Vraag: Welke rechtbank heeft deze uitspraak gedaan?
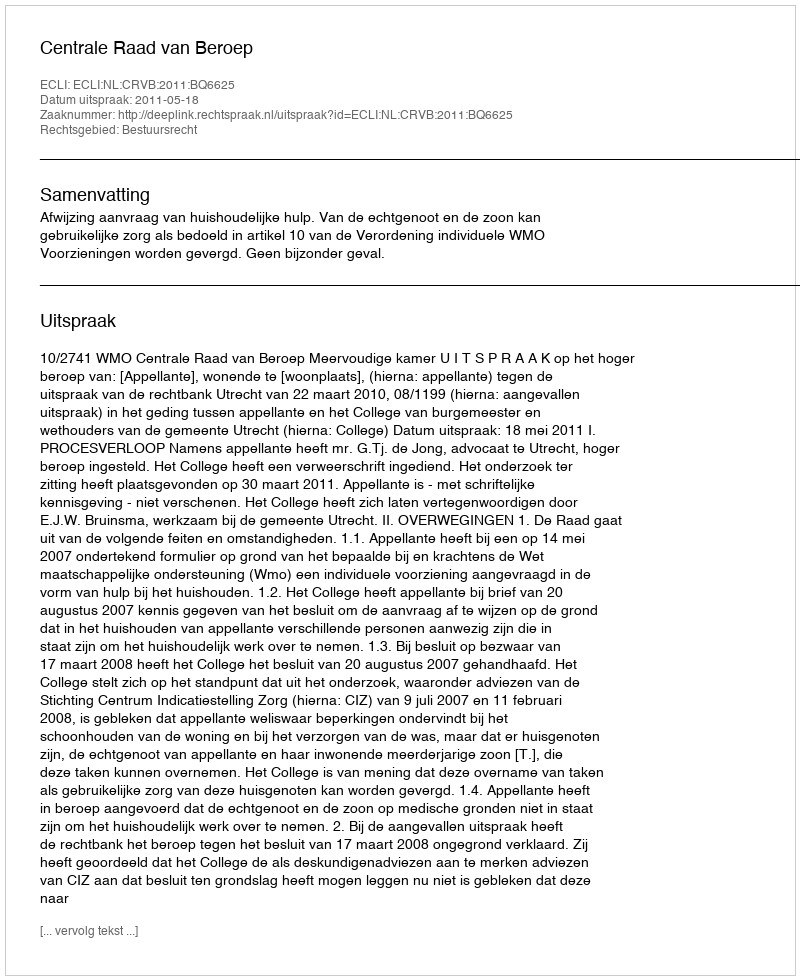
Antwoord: Centrale Raad van Beroep